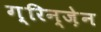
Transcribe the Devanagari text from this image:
ग़्रिन्ज़ेन